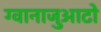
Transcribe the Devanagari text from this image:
ग्वानाजुआटो